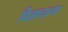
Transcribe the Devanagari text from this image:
पिशाचात्मा